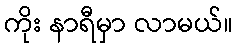
ကိုး နာရီမှာ လာမယ်။